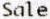
SALE